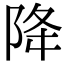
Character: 降